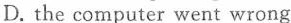
D. the computer went wrong